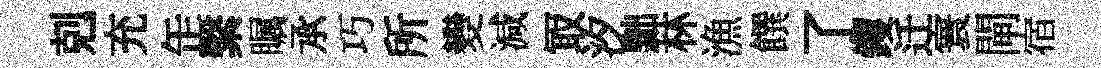
剋充𦈢繫瞩𠄘巧所變減冣汐黜林漁饌了钁迁寰閘宿